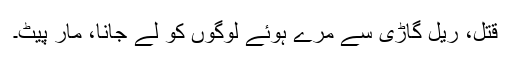
قتل، ریل گاڑی سے مرے ہوئے لوگوں کو لے جانا، مار پیٹ۔